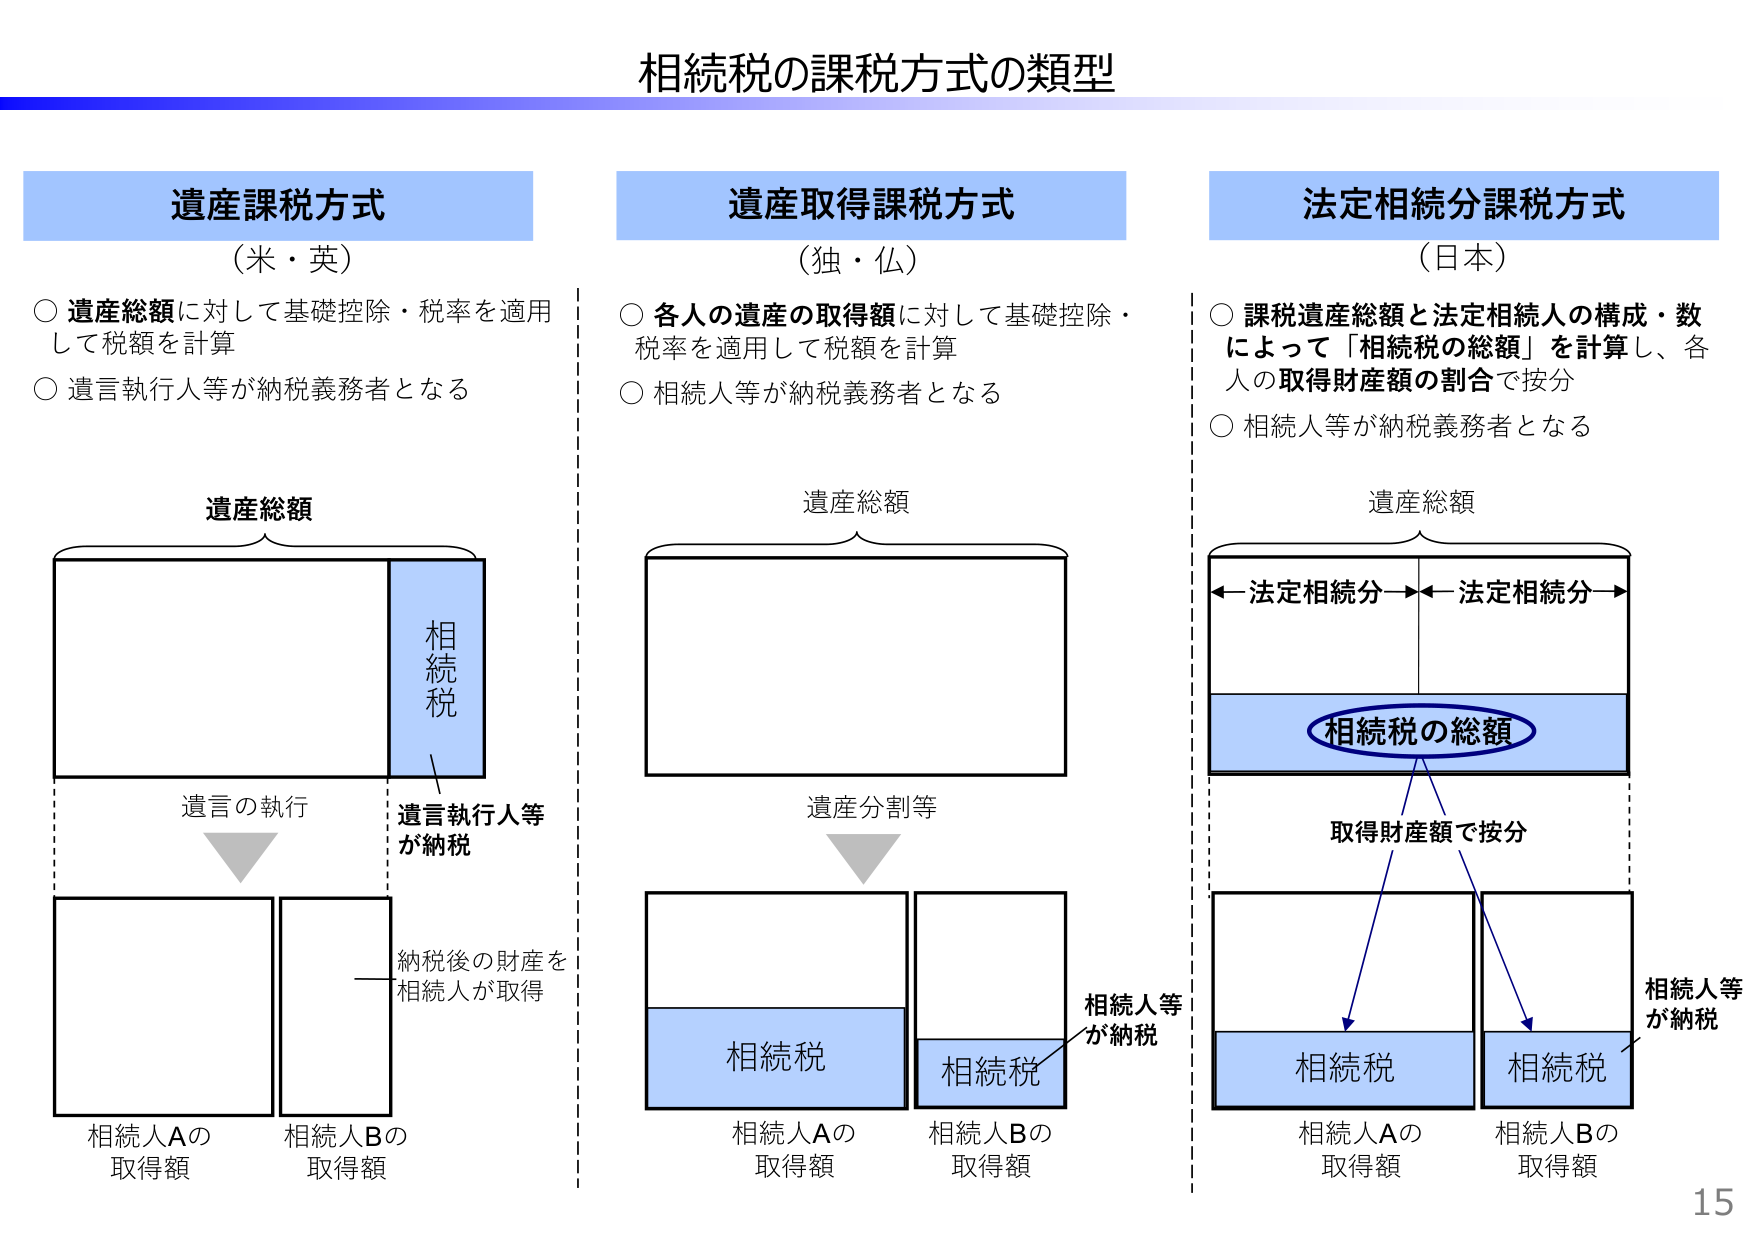
相続税の課税方式の類型

遺産課税方式
（米・英）
○ 遺産総額に対して基礎控除・税率を適用して税額を計算
○ 遺言執行人等が納税義務者となる

遺産取得課税方式
（独・仏）
○ 各人の遺産の取得額に対して基礎控除・税率を適用して税額を計算
○ 相続人等が納税義務者となる

法定相続分課税方式
（日本）
○ 課税遺産総額と法定相続人の構成・数によって「相続税の総額」を計算し、各人の取得財産額の割合で按分
○ 相続人等が納税義務者となる

遺産総額
相続税
遺言の執行
遺言執行人等が納税
納税後の財産を相続人が取得
相続人Aの取得額
相続人Bの取得額

遺産総額
遺産分割等
相続税
相続税
相続人等が納税
相続人Aの取得額
相続人Bの取得額

遺産総額
←法定相続分→←法定相続分→
相続税の総額
取得財産額で按分
相続税
相続税
相続人等が納税
相続人Aの取得額
相続人Bの取得額

15